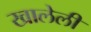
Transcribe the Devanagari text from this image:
खालेली